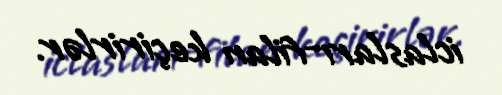
iclasları-filan keçirirlər.